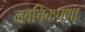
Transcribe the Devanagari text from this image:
लवचिकपणा